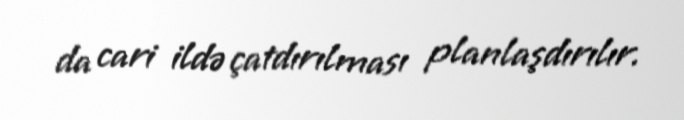
da cari ildə çatdırılması planlaşdırılır.